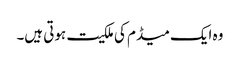
وہ ایک میڈم کی ملکیت ہوتی ہیں۔